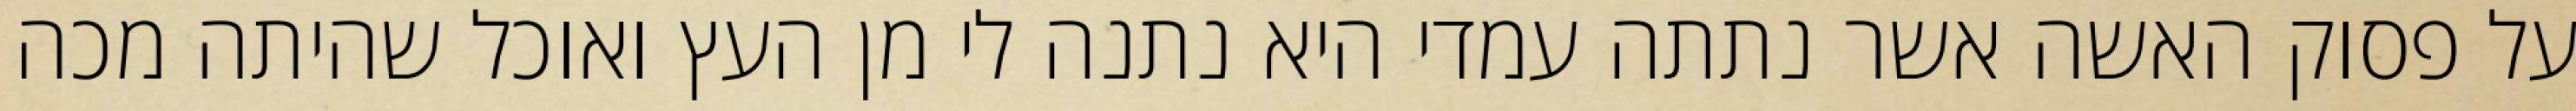
על פסוק האשה אשר נתתה עמדי היא נתנה לי מן העץ ואוכל שהיתה מכה